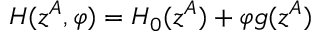
H ( z ^ { A } , \varphi ) = H _ { 0 } ( z ^ { A } ) + \varphi g ( z ^ { A } )